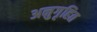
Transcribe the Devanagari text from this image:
अनुगृहित